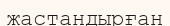
жастандырған